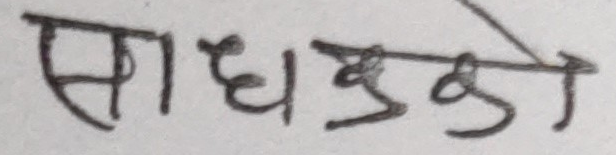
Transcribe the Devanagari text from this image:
साधब्रुको